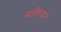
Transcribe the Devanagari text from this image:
पक्षीरूपानें